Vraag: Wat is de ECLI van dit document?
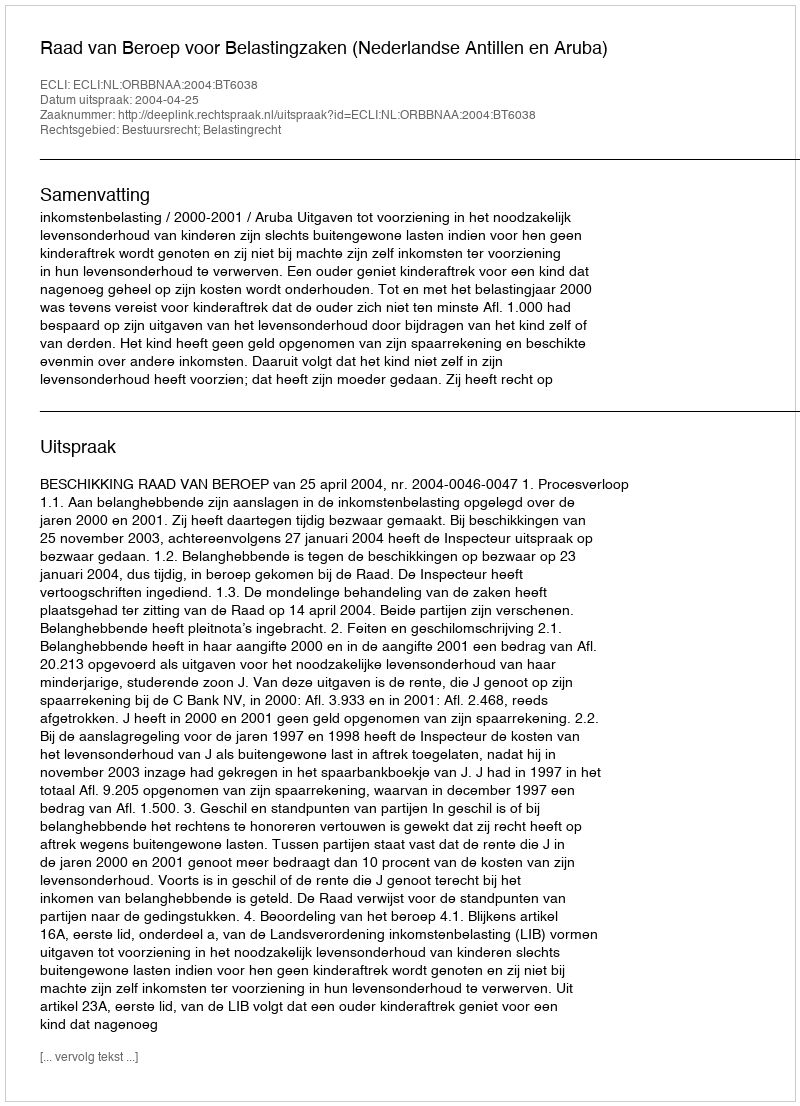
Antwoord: ECLI:NL:ORBBNAA:2004:BT6038